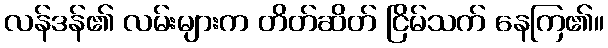
လန်ဒန်၏ လမ်းများက တိတ်ဆိတ် ငြိမ်သက် နေကြ၏။